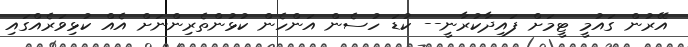
އޭރުން ގައުމީ ޓީމަށް ފައިދާކުރާނީ-- ކުޑަ ހުސެން އަންހެން ކުޅުންތެރިންނަށް އެއް ކުޅިވަރެއްގައި